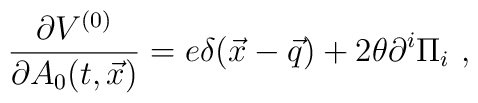
{\partial V^{(0)}\over\partial A_0(t,\vec x)}= e \delta(\vec x-\vec q) +2\theta\partial^i\Pi_i~,